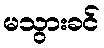
မသွားခင်